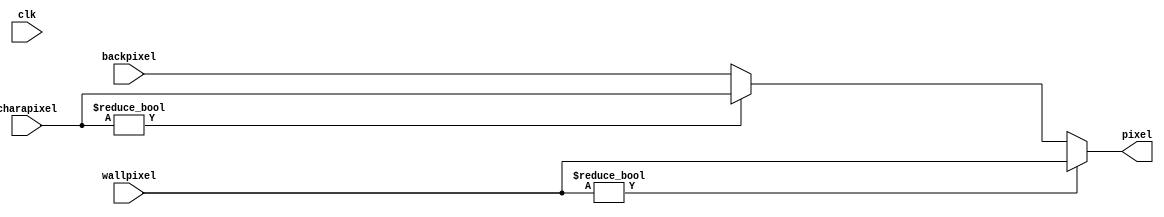
`timescale 1ns / 1ps
//////////////////////////////////////////////////////////////////////////////////
// Company: 
// Engineer: 
// 
// Design Name: 
// Module Name: graphicsCollator
// Project Name: 
// Target Devices: 
// Tool Versions: 
// Description: 
// 
// Dependencies: 
// 
// Revision:
// Revision 0.01 - File Created
// Additional Comments:
// 
//////////////////////////////////////////////////////////////////////////////////

module graphicsCollator(
    input clk,
    input [23:0] charapixel,
    input [23:0] wallpixel,
    input [23:0] backpixel,
    output reg [23:0] pixel);
    
    //ordering is wall then character then background 
    
    always @(*) begin
        if (wallpixel)
            pixel <= wallpixel;
        else if (charapixel)
            pixel <= charapixel;
        else
            pixel <= backpixel;
    end

endmodule